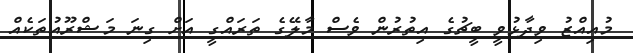
މުއިއްޒު ވިދާޅުވީ ބީޗުގެ އިތުރުން ވެސް މާލޭގެ ތަރައްގީ އަށް ގިނަ މަޝްރޫއުތަކެއް